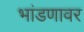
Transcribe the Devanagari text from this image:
भांडणावर